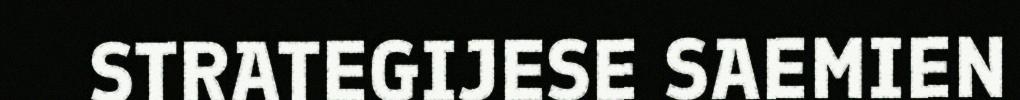
STRATEGIJESE SAEMIEN